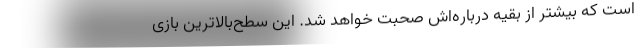
است که بیشتر از بقیه درباره‌اش صحبت خواهد شد. این سطح‌بالاترین بازی